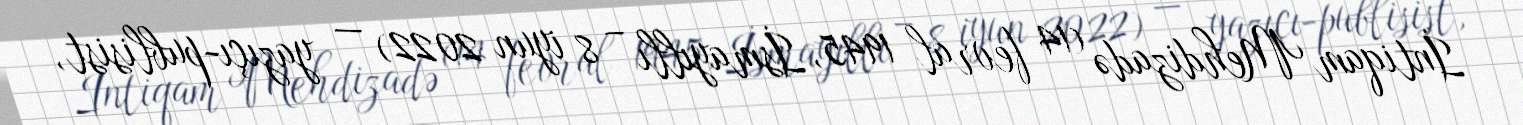
İntiqam Mehdizadə (14 fevral 1945, İsmayıllı – 8 iyun 2022) — yazıçı-publisist,